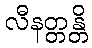
လီနတ္တန္တိ